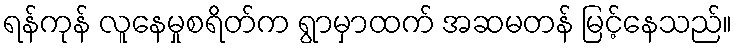
ရန်ကုန် လူနေမှုစရိတ်က ရွာမှာထက် အဆမတန် မြင့်နေသည်။